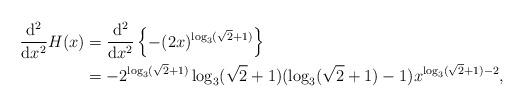
LaTeX: \begin{align*}\frac{{\rm d}^2}{{\rm d}x^2}H(x)&=\frac{{\rm d}^2}{{\rm d}x^2}\left\{- (2x)^{\log_3(\sqrt{2}+1)}\right\}\\&=-2^{\log_3(\sqrt{2}+1)}\log_3(\sqrt{2}+1)(\log_3(\sqrt{2}+1)-1)x^{\log_3(\sqrt{2}+1)-2},\end{align*}